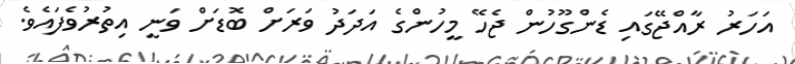
އަހަރު ރާއްޖޭގައި ޑެންގޫހުން ޖެހޭ މީހުންގެ އަދަދު ވަރަށް ބޮޑަށް ވަނީ އިތުރުވެފައެވެ.